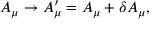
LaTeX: A _ { \mu } \rightarrow A _ { \mu } ^ { \prime } = A _ { \mu } + \delta A _ { \mu } ,